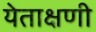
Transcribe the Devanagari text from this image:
येताक्षणी